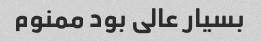
بسیار عالی بود ممنوم